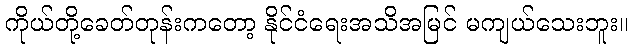
ကိုယ်တို့ခေတ်တုန်းကတော့ နိုင်ငံရေးအသိအမြင် မကျယ်သေးဘူး။